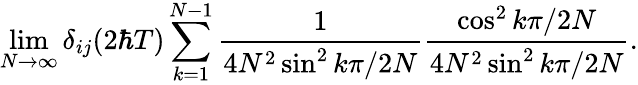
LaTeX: \operatorname*{lim}_{N\rightarrow\infty}\delta_{ij}(2\hbar T)\sum_{k=1}^{N-1}\frac{1}{4N^{2}\sin^{2}k\pi/2N}\frac{\cos^{2}k\pi/2N}{4N^{2}\sin^{2}k\pi/2N}.